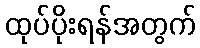
ထုပ်ပိုးရန်အတွက်